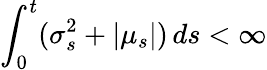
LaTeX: \int_{0}^{t}(\sigma_{s}^{2}+|\mu_{s}|)\, ds<\infty